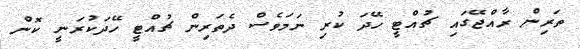
ތަރިން ރާއްޖޭގައި ޗުއްޓީ ހޭދަ ކުރި ނަމަވެސް ދެތަރިން ޗުއްޓީ ހޭދަކުރަނީ ކޮން